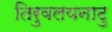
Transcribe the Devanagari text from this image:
तिरुवलयनाटु